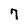
Character: 7